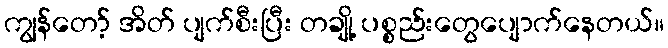
ကျွန်တော့် အိတ် ပျက်စီးပြီး တချို့ ပစ္စည်းတွေပျောက်နေတယ်။